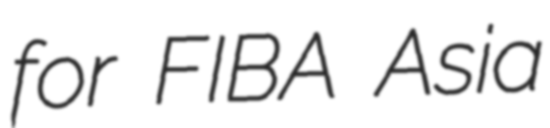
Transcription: for FIBA Asia